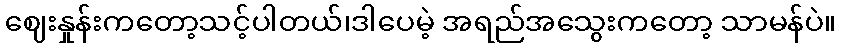
ဈေးနှုန်းကတော့သင့်ပါတယ်၊ဒါပေမဲ့ အရည်အသွေးကတော့ သာမန်ပဲ။